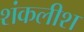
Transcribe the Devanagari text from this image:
शंकलीश